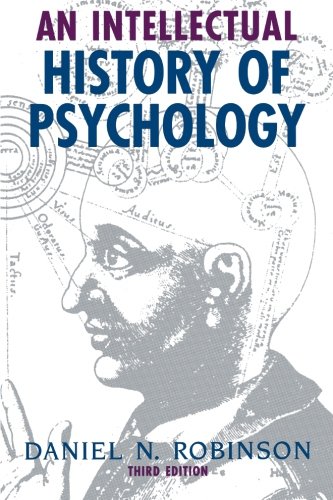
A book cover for An Intellectual History of Psychology; Daniel N. Robinson; Medical Books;